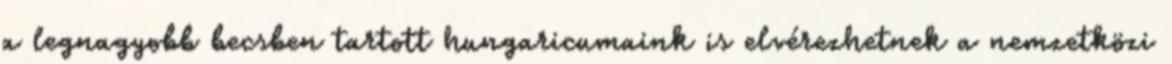
a legnagyobb becsben tartott hungaricumaink is elvérezhetnek a nemzetközi